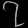
Digit: ၇